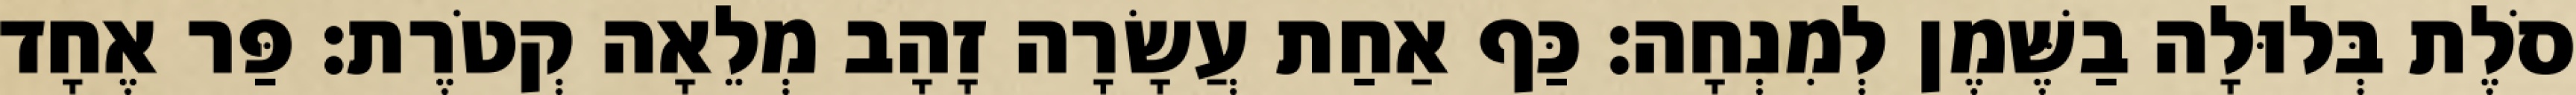
סֹלֶת בְּלוּלָה בַשֶּׁמֶן לְמִנְחָה׃ כַּף אַחַת עֲשָׂרָה זָהָב מְלֵאָה קְטֹרֶת׃ פַּר אֶחָד